Report on vaccination in the Province of Bengal - 1874-1889
Year: 1874
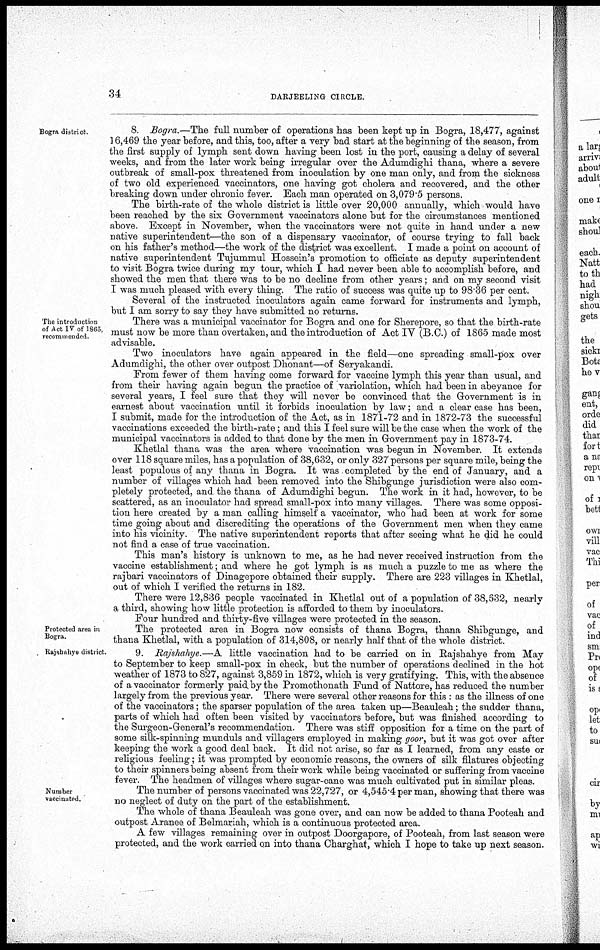
34
DARJEELING CIRCLE.
Bogra district.
8. Bogra.—The full number of operations has been kept up in Bogra, 18,477, against
16,469 the year before, and this, too, after a very bad start at the beginning of the season, from
the first supply of lymph sent down having been lost in the port, causing a delay of several
weeks, and from the later work being irregular over the Adumdighi thana, where a severe
outbreak of small-pox threatened from inoculation by one man only, and from the sickness
of two old experienced vaccinators, one having got cholera and recovered, and the other
breaking down under chronic fever. Each man operated on 3,079.5 persons.
The birth-rate of the whole district is little over 20,000 annually, which would have
been reached by the six Government vaccinators alone but for the circumstances mentioned
above. Except in November, when the vaccinators were not quite in hand under a new
native superintendent—the son of a dispensary vaccinator, of course trying to fall back
on his father's method—the work of the district was excellent. I made a point on account of
native superintendent Tujummul Hossein's promotion to officiate as deputy superintendent
to visit Bogra twice during my tour, which I had never been able to accomplish before, and
showed the men that there was to be no decline from other years; and on my second visit
I was much pleased with every thing. The ratio of success was quite up to 98.36 per cent.
Several of the instructed inoculators again came forward for instruments and lymph,
but I am sorry to say they have submitted no returns.
The introduction
of Act IV of 1865,
recommended
There was a municipal vaccinator for Bogra and one for Sherepore, so that the birth-rate
must now be more than overtaken, and the introduction of Act IV (B.C.) of 1865 made most
advisable.
Two inoculators have again appeared in the field—one spreading small-pox over
Adumdighi, the other over outpost Dhonant—of Seryakandi.
From fewer of them having come forward for vaccine lymph this year than usual, and
from their having again begun the practice of variolation, which had been in abeyance for
several years, I feel sure that they will never be convinced that the Government is in
earnest about vaccination until it forbids inoculation by law; and a clear case has been,
I submit, made for the introduction of the Act, as in 1871-72 and in 1872-73 the successful
vaccinations exceeded the birth-rate; and this I feel sure will be the case when the work of the
municipal vaccinators is added to that done by the men in Government pay in 1873-74.
Khetlal thana was the area where vaccination was begun in November. It extends
over 118 square miles, has a population of 38,632, or only 327 persons per square mile, being the
least populous of any thana in Bogra. It was completed by the end of January, and a
number of villages which had been removed into the Shibgunge jurisdiction were also com-
pletely protected, and the thana of Adumdighi begun. The work in it had, however, to be
scattered, as an inoculator had spread small-pox into many villages. There was some opposi-
tion here created by a man calling himself a vaccinator, who had been at work for some
time going about and discrediting the operations of the Government men when they came
into his vicinity. The native superintendent reports that after seeing what he did he could
not find a case of true vaccination.
This man's history is unknown to me, as he had never received instruction from the
vaccine establishment; and where he got lymph is as much a puzzle to me as where the
rajbari vaccinators of Dinagepore obtained their supply. There are 223 villages in Khetlal,
out of which I verified the returns in 182.
There were 12,836 people vaccinated in Khetlal out of a population of 38,632, nearly
a third, showing how little protection is afforded to them by inoculators.
Four hundred and thirty-five villages were protected in the season.
Protected area in
Bogra.
The protected area in Bogra now consists of thana Bogra, thana Shibgunge, and
thana Khetlal, with a population of 314,808, or nearly half that of the whole district.
Rajshahye district
9. Rajshahye.—A little vaccination had to be carried on in Rajshahye from May
to September to keep small-pox in check, but the number of operations declined in the hot
weather of 1873 to 827, against 3,859 in 1872, which is very gratifying. This, with the absence
of a vaccinator formerly paid by the Promothonath Fund of Nattore, has reduced the number
largely from the previous year. There were several other reasons for this : as the illness of one
of the vaccinators; the sparser population of the area taken up—Beauleah; the sudder thana,
parts of which had often been visited by vaccinators before, but was finished according to
the Surgeon-General's recommendation. There was stiff opposition for a time on the part of
some silk-spinning munduls and villagers employed in making goor, but it was got over after
keeping the work a good deal back. It did not arise, so far as I learned, from any caste or
religious feeling; it was prompted by economic reasons, the owners of silk filatures objecting
to their spinners being absent from their work while being vaccinated or suffering from vaccine
fever. The headmen of villages where sugar-cane was much cultivated put in similar pleas.
Number
vaccinated.
The number of persons vaccinated was 22,727, or 4,545.4 per man, showing that there was
no neglect of duty on the part of the establishment.
The whole of thana Beauleah was gone over, and can now be added to thana Pooteah and
outpost Aranee of Belmariah, which is a continuous protected area.
A few villages remaining over in outpost Doorgapore, of Pooteah, from last season were
protected, and the work carried on into thana Charghat, which I hope to take up next season.